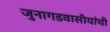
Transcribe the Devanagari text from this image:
जुनागडवासीयांची